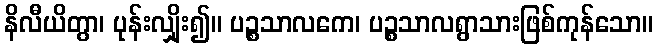
နိလီယိတွာ၊ ပုန်းလျှိုး၍။ ပဉ္စသာလကေ၊ ပဉ္စသာလရွာသားဖြစ်ကုန်သော။